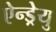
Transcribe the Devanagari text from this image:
ऐन्ड्रेयु